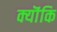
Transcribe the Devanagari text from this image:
क्यॊंकि